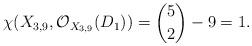
LaTeX: \begin{align*}\chi (X_{3,9},\mathcal{O}_{X_{3,9}}(D_1))=\binom{5}{2}-9=1.\end{align*}